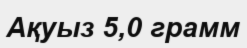
Ақуыз 5,0 грамм